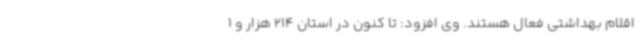
اقلام بهداشتی فعال هستند. وی افزود: تا کنون در استان 214 هزار و 1